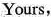
Yours,